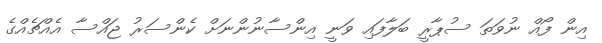
އިން ފޯއް ނުވަތަ ސުޕާރީ ބަލާފައި ވަނީ އިންސާނުންނަށް ކެންސަރު ޖައްސާ އެއްޗެއްގެ